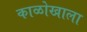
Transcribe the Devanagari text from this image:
काळोखाला